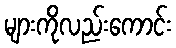
များကိုလည်းကောင်း